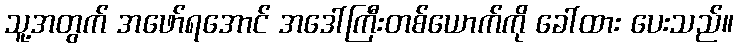
သူ့အတွက် အဖော်ရအောင် အဒေါ်ကြီးတစ်ယောက်ကို ခေါ်ထား ပေးသည်။